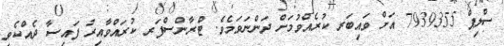
ސްލިޕް 7939355 އަށް ވައިބަރ ކުރެއްވުމަށް ދަންނަވަމެވެ. ޓްރާންސްފަރ ކުރައްވާއިރު ފައިސާ ދެއްކެވި